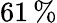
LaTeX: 61\, \%